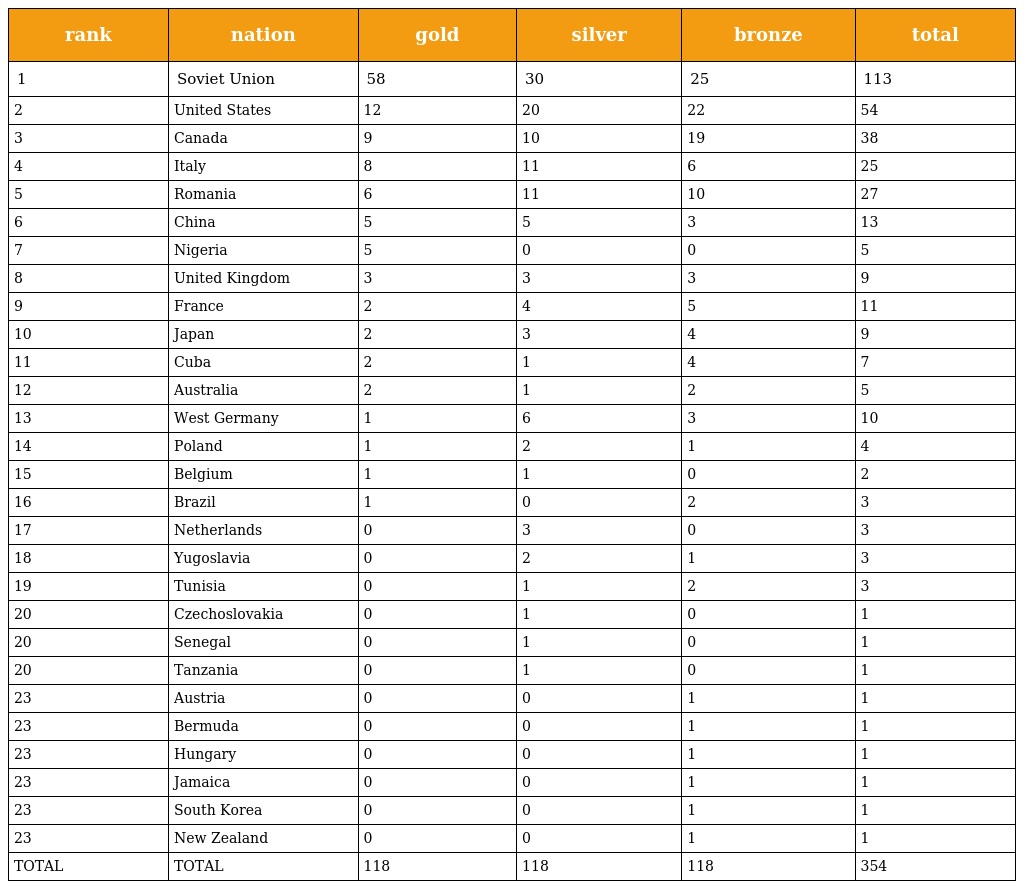
| rank | nation | gold | silver | bronze | total |
 | --- | --- | --- | --- | --- | --- |
 | 1 | Soviet Union | 58 | 30 | 25 | 113 |
 | 2 | United States | 12 | 20 | 22 | 54 |
 | 3 | Canada | 9 | 10 | 19 | 38 |
 | 4 | Italy | 8 | 11 | 6 | 25 |
 | 5 | Romania | 6 | 11 | 10 | 27 |
 | 6 | China | 5 | 5 | 3 | 13 |
 | 7 | Nigeria | 5 | 0 | 0 | 5 |
 | 8 | United Kingdom | 3 | 3 | 3 | 9 |
 | 9 | France | 2 | 4 | 5 | 11 |
 | 10 | Japan | 2 | 3 | 4 | 9 |
 | 11 | Cuba | 2 | 1 | 4 | 7 |
 | 12 | Australia | 2 | 1 | 2 | 5 |
 | 13 | West Germany | 1 | 6 | 3 | 10 |
 | 14 | Poland | 1 | 2 | 1 | 4 |
 | 15 | Belgium | 1 | 1 | 0 | 2 |
 | 16 | Brazil | 1 | 0 | 2 | 3 |
 | 17 | Netherlands | 0 | 3 | 0 | 3 |
 | 18 | Yugoslavia | 0 | 2 | 1 | 3 |
 | 19 | Tunisia | 0 | 1 | 2 | 3 |
 | 20 | Czechoslovakia | 0 | 1 | 0 | 1 |
 | 20 | Senegal | 0 | 1 | 0 | 1 |
 | 20 | Tanzania | 0 | 1 | 0 | 1 |
 | 23 | Austria | 0 | 0 | 1 | 1 |
 | 23 | Bermuda | 0 | 0 | 1 | 1 |
 | 23 | Hungary | 0 | 0 | 1 | 1 |
 | 23 | Jamaica | 0 | 0 | 1 | 1 |
 | 23 | South Korea | 0 | 0 | 1 | 1 |
 | 23 | New Zealand | 0 | 0 | 1 | 1 |
 | TOTAL | TOTAL | 118 | 118 | 118 | 354 |